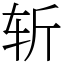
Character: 斩